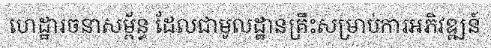
ហេដ្ឋារចនាសម្ព័ន្ធ ដែលជាមូលដ្ឋានគ្រឹះសម្រាប់ការអភិវឌ្ឍន៍